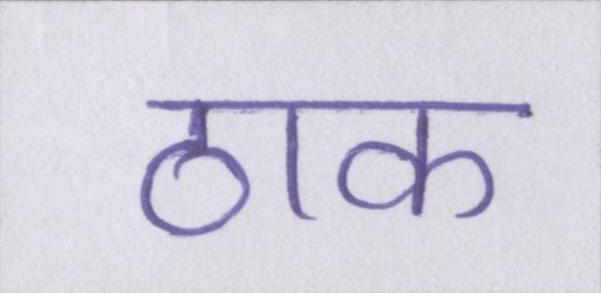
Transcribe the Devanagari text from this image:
ठाक